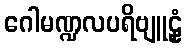
ဂေါမဏ္ဍလပရိဗျူဠှံ